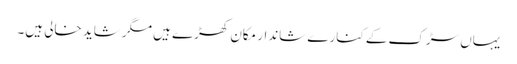
یہاں سڑک کے کنارے شاندار مکان کھڑے ہیں مگر شاید خالی ہیں۔